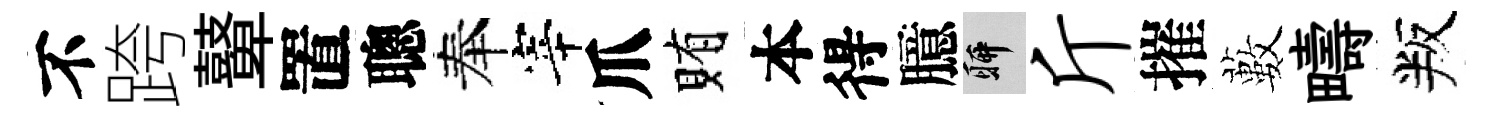
不跨鼙置聰奉宰爪賄本得臆聊斤摧藪疇叛